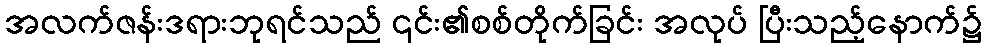
အလက်ဇန်းဒရားဘုရင်သည် ၎င်း၏စစ်တိုက်ခြင်း အလုပ် ပြီးသည့်နောက်၌